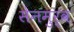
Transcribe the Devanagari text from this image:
सेनमुर्व